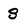
Character: 8